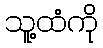
သူ့ထံကို